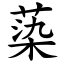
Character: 蒅